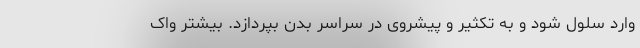
وارد سلول شود و به تکثیر و پیشروی در سراسر بدن بپردازد. بیشتر واک